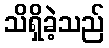
သိရှိခဲ့သည်